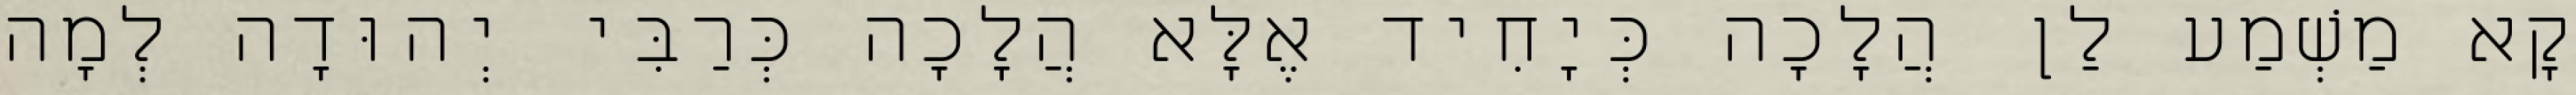
קָא מַשְׁמַע לַן הֲלָכָה כְּיָחִיד אֶלָּא הֲלָכָה כְּרַבִּי יְהוּדָה לְמָה